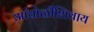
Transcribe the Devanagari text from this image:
आंघोळीशिवाय